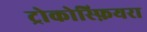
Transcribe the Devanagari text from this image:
ट्रोकोस्फ़ियरा